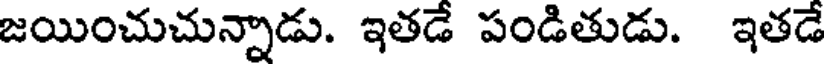
జయించుచున్నాడు. ఇతడే పండితుడు. ఇతడే